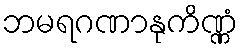
ဘမရဂဏာနုကိဏ္ဏံ